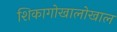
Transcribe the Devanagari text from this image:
शिकागोखालोखाल